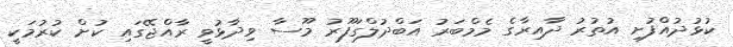
ކުޅުދުއްފުށި އުތުރު ދާއިރާގެ މެމްބަރު އަބްދުލްގަފޫރު މޫސާ ވިދާޅުވީ ރާއްޖޭގައި ކުށް ކުރުމަކީ